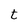
Character: t